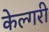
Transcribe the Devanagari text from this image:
केल्गरी